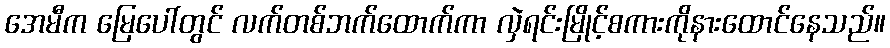
အေမီက မြေပေါ်တွင် လက်တစ်ဘက်ထောက်ကာ လှဲရင်းမြိုင့်စကားကိုနားထောင်နေသည်။